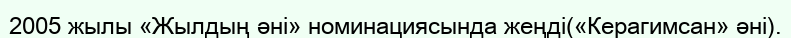
2005 жылы «Жылдың әні» номинациясында жеңді(«Керагимсан» әні).